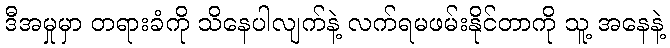
ဒီအမှုမှာ တရားခံကို သိနေပါလျက်နဲ့ လက်ရမဖမ်းနိုင်တာကို သူ့ အနေနဲ့